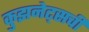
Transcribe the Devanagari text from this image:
कुझनेट्सची